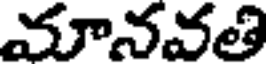
మానవతి